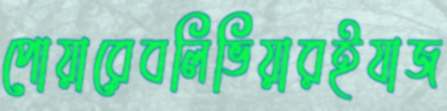
পোয়ারেবলিভিয়ারইযাজ